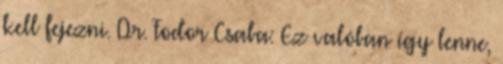
kell fejezni. Dr. Fodor Csaba: Ez valóban így lenne,